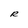
Character: R